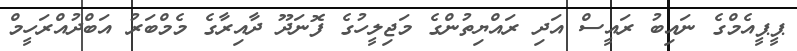
ޕީޕީއެމްގެ ނައިބު ރައީސް އަދި ރައްޔިތުންގެ މަޖިލީހުގެ ފޮނަދޫ ދާއިރާގެ މެމްބަރު އަބްދުއްރަހީމް